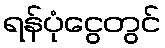
ရန်ပုံငွေတွင်